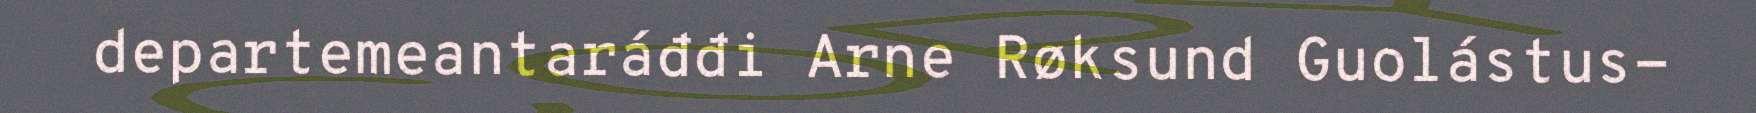
departemeantaráđđi Arne Røksund Guolástus-